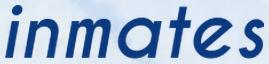
inmates